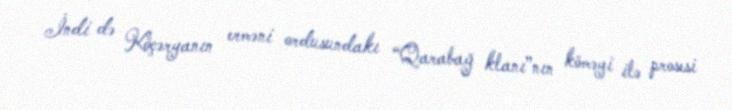
İndi də Köçəryanın erməni ordusundakı “Qarabağ klanı”nın köməyi ilə prosesi